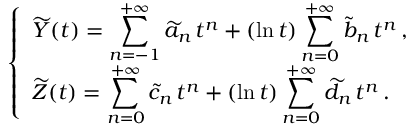
\left\{ \begin{array} { l l } { { \displaystyle \widetilde Y ( t ) = \sum _ { n = - 1 } ^ { + \infty } \widetilde a _ { n } \, t ^ { n } + ( \ln t ) \sum _ { n = 0 } ^ { + \infty } \widetilde b _ { n } \, t ^ { n } } \, , } \\ { { \displaystyle \widetilde Z ( t ) = \sum _ { n = 0 } ^ { + \infty } \widetilde c _ { n } \, t ^ { n } + ( \ln t ) \sum _ { n = 0 } ^ { + \infty } \widetilde d _ { n } \, t ^ { n } } \, . } \end{array} \right.